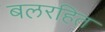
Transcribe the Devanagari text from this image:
बलरहित